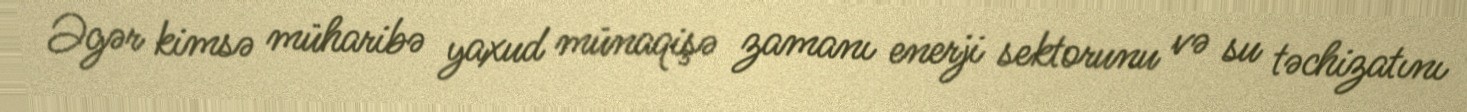
Əgər kimsə müharibə yaxud münaqişə zamanı enerji sektorunu və su təchizatını